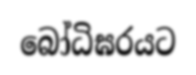
බෝධිඝරයට